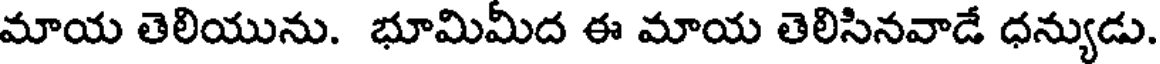
మాయ తెలియును. భూమిమీద ఈ మాయ తెలిసినవాడే ధన్యుడు.